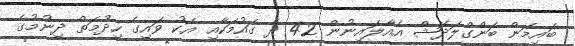
ބައިމަން ބަންގްލަދޭޝް އެއާލައިނުން 42 ދެ ގައުމަކާއި އެކު ވައިގެ ހިދުމަތް ދިނުމުގެ